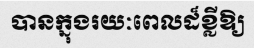
បានក្នុងរយៈពេលដ៏ខ្លីឱ្យ